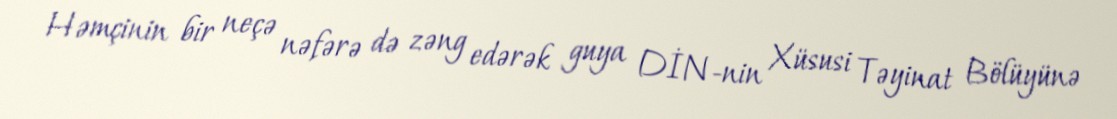
Həmçinin bir neçə nəfərə də zəng edərək guya DİN-nin Xüsusi Təyinat Bölüyünə